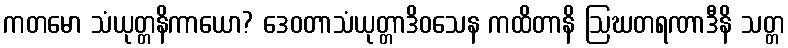
ကတမော သံယုတ္တနိကာယော? ဒေဝတာသံယုတ္တာဒိဝသေန ကထိတာနိ ဩဃတရဏာဒီနိ သတ္တ